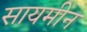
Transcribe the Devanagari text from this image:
सायमीन